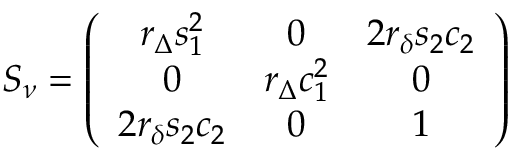
S _ { \nu } = \left( \begin{array} { c c c } { { r _ { \Delta } s _ { 1 } ^ { 2 } } } & { { 0 } } & { { 2 r _ { \delta } s _ { 2 } c _ { 2 } } } \\ { { 0 } } & { { r _ { \Delta } c _ { 1 } ^ { 2 } } } & { { 0 } } \\ { { 2 r _ { \delta } s _ { 2 } c _ { 2 } } } & { { 0 } } & { { 1 } } \end{array} \right)